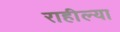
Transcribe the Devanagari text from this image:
राहील्या